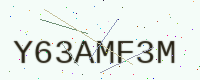
Text: Y63AMF3M